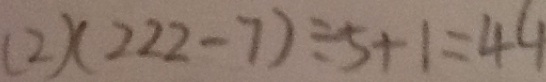
( 2 ) ( 2 2 2 - 7 ) \div 5 + 1 = 4 4